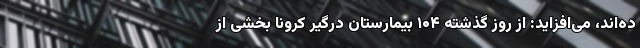
ده‌اند، می‌افزاید: از روز گذشته ۱۰۴ بیمارستان درگیر کرونا بخشی از